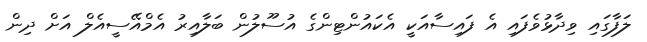
ލަފާގައި ވިދާޅުވެފައި އެ ފައިސާއަކީ އެކައުންޓިންގެ އުސޫލުން ބަލާއިރު އެމްއޭސީއެލް އަށް ދިން